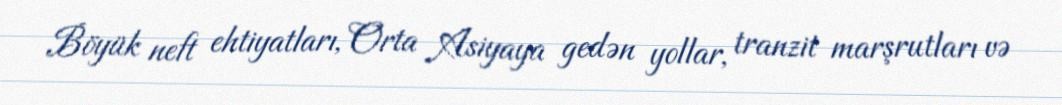
Böyük neft ehtiyatları, Orta Asiyaya gedən yollar, tranzit marşrutları və